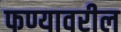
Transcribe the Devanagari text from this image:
फण्यावरील